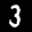
Label: 3